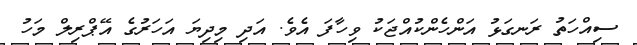
ސިއްހަތު ރަނގަޅު އަންހެންކުއްޖަކު ވިހާފަ އެވެ. އަދި މިދިޔަ އަހަރުގެ އޭޕްރިލް މަހު